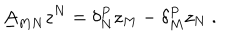
\underline { { { A } } } _ { M N } z ^ { N } = \delta _ { N } ^ { P } z _ { M } - \delta _ { M } ^ { P } z _ { N } \ .